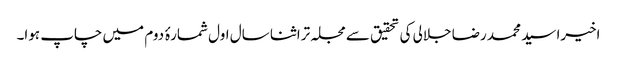
اخیرا سید محمد رضا جلالی کی تحقیق سے مجلہ تراثنا سال اول شمارۂ دوم میں چاپ ہوا۔